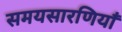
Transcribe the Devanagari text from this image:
समयसारणियाँ